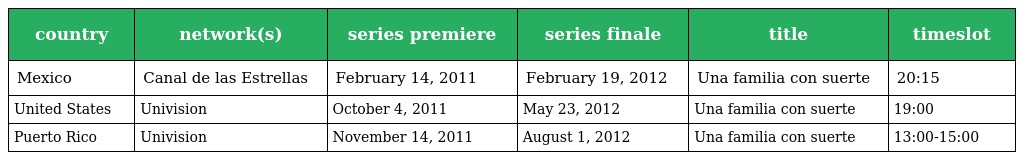
| country | network(s) | series premiere | series finale | title | timeslot |
 | --- | --- | --- | --- | --- | --- |
 | Mexico | Canal de las Estrellas | February 14, 2011 | February 19, 2012 | Una familia con suerte | 20:15 |
 | United States | Univision | October 4, 2011 | May 23, 2012 | Una familia con suerte | 19:00 |
 | Puerto Rico | Univision | November 14, 2011 | August 1, 2012 | Una familia con suerte | 13:00-15:00 |